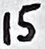
Text: 15